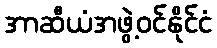
အာဆီယံအဖွဲ့ဝင်နိုင်ငံ